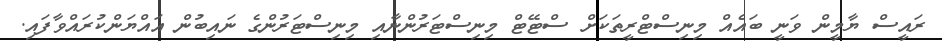
ރައީސް ޔާމީން ވަނީ ބައެއް މިނިސްޓްރީތަކަށް ސްޓޭޓް މިނިސްޓަރުންނާއި މިނިސްޓަރުންގެ ނައިބުން އައްޔަންކުރައްވާފައި.